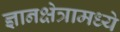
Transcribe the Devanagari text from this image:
ज्ञानक्षेत्रामध्ये